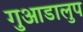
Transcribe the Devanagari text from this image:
गुआडालुप